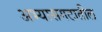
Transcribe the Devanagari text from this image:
अभ्यासगटातील